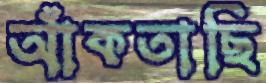
আঁকতাছি